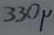
Text: 330µ